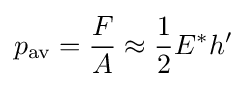
p_{\mathrm {av} }={\frac {F}{A}}\approx {\frac {1}{2}}E^{*}h'